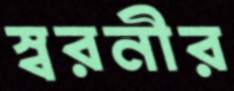
স্বরনীর